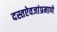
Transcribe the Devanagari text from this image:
दस्तऐवजांप्रमाणे